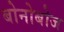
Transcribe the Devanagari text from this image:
बोनोबोज